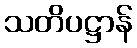
သတိပဋ္ဌာန်